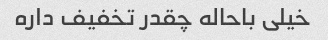
خیلی باحاله چقدر تخفیف داره